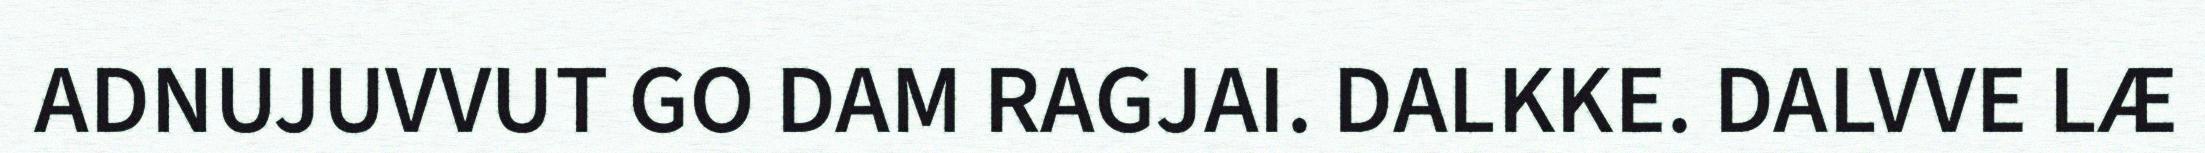
ADNUJUVVUT GO DAM RAGJAI. DALKKE. DALVVE LÆ